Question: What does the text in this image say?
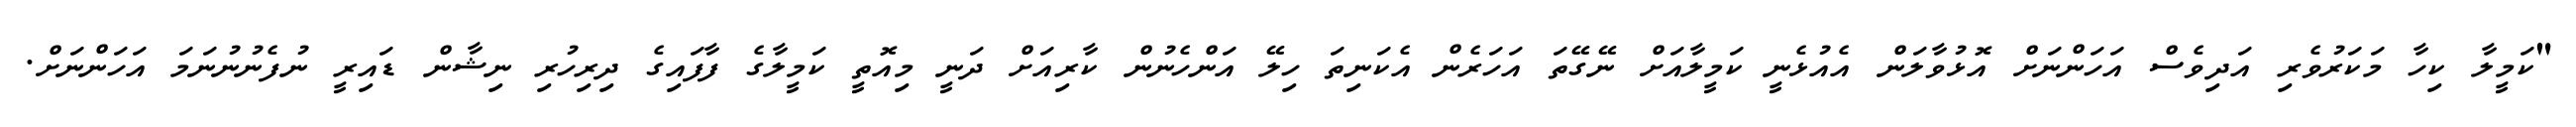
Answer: "ކަމީލާ ކިހާ މަކަރުވެރި އަދިވެސް އަހަންނަށް އޮޅުވާލަން އެއުޅެނީ ކަމީލާއަށް ނޭގޭތަ އަހަރެން އެކަނިތަ ހިލޭ އަންހެނުން ކާރިއަށް ދަނީ މިއޮތީ ކަމީލާގެ ފާފައިގެ ދިރިހުރި ނިޝާން ޑައިރީ ނުފެނުނުނަމަ އަހަންނަށް.